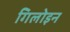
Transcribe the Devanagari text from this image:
गिलोइन